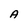
Character: A